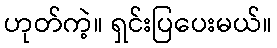
ဟုတ်ကဲ့။ ရှင်းပြပေးမယ်။